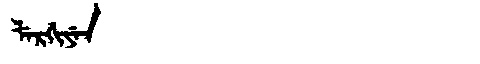
Manchu: ᠯᡝᡵᡤᡳᠶᡝᠨ
Romanization: LERGIYEN